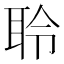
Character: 聆